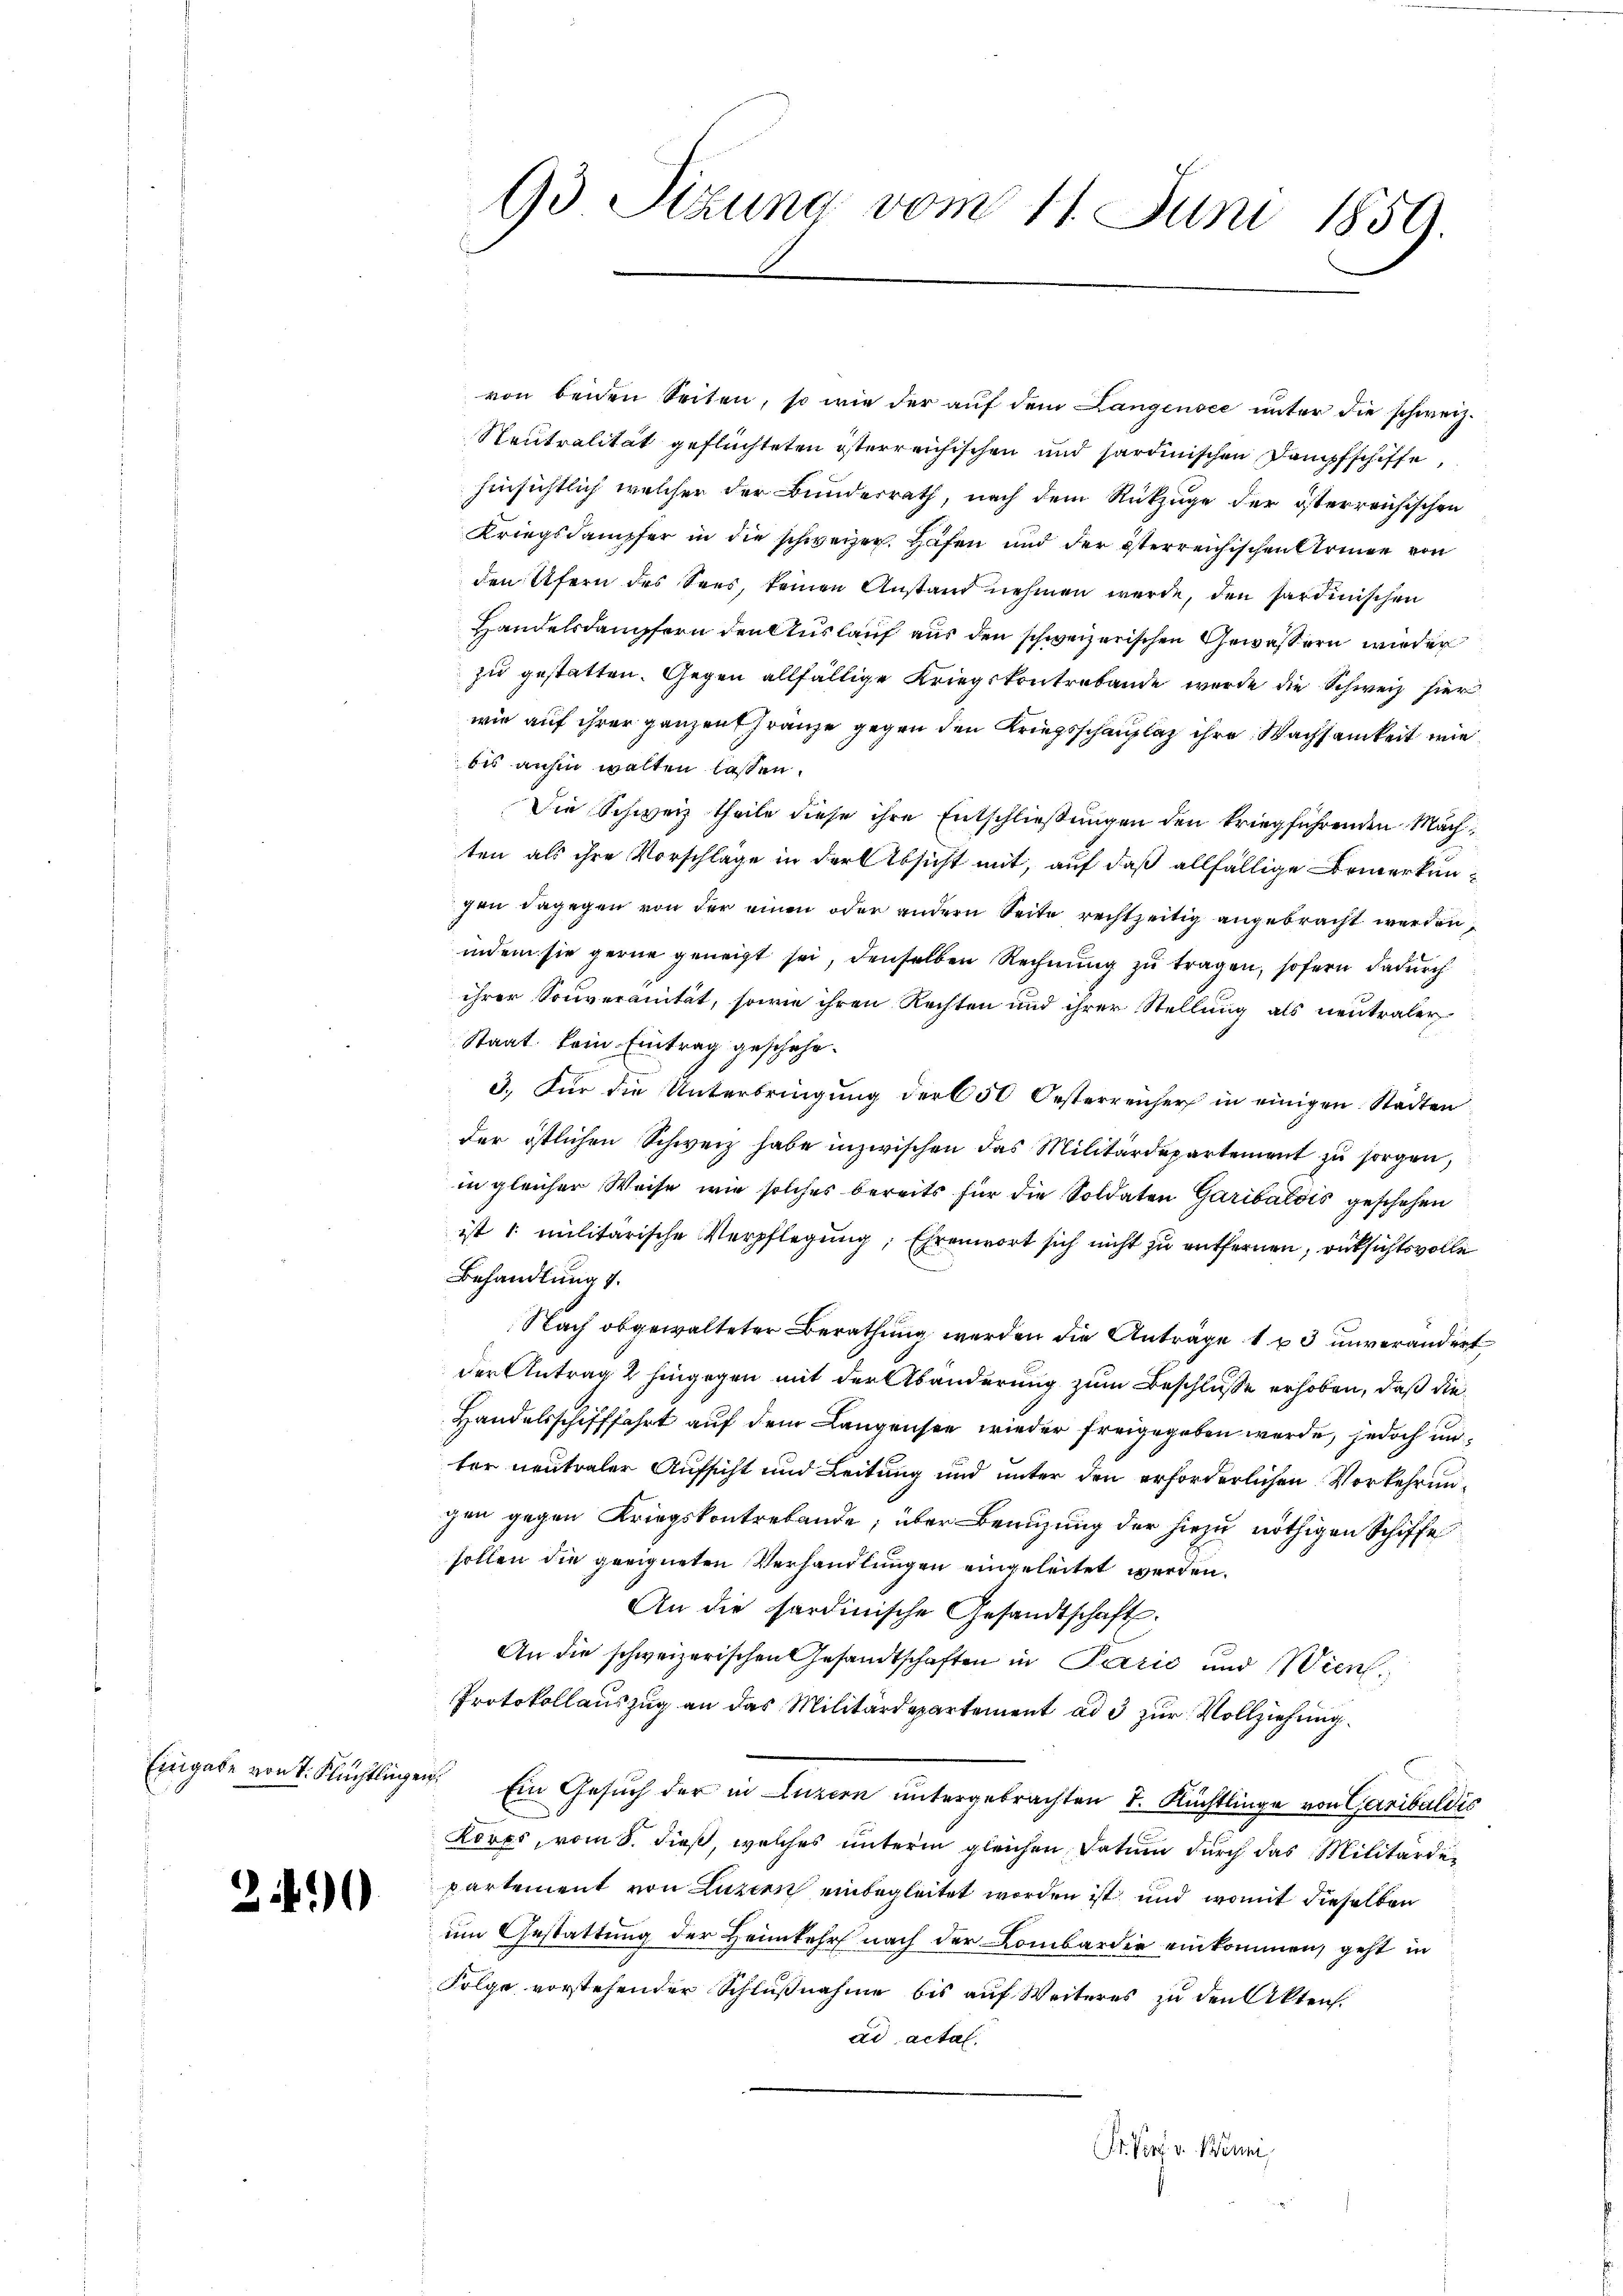
Eingabe von T. Flüchtlinge.

2

0

93 Sitzung vom 11. Juni 1859.

von beiden Seiten, so wie der auf dem Langensee unter die schweiz.
Neutralität geflüchteten österreichischen und sardinischen Dampfschiffe
hinsichtlich welcher der Bunderrath, nach dem Rückzuge der österreichischen
Kriegsdampfer in die schweizer. Hafen und der österreichischen Armee von
den Ufern des Sees, keinen Anstand nehmen werde, den Sardinischen
Handelskampfern den Auslauf aus den schweizerischen Gewässern wieder
zu gestatten. Gegen allfällige Kriegskontrabande wurde die Schweiz hier
wir auf ihrer ganzen franze gegen den Kriegsschauplaz ihre Nachsamkeit wie
bis anhin walten lassen.
Die Schweiz theile diese ihre Entschließungen den kriegführenden Mach
ten als ihre Vorschläge in der Absicht mit, auf daß allfällige Bemerkungen dagegen von der einen oder andern Seite rechtzeitig angebracht werden,
indem sie gerne geneigt sei, denselben Rechnung zu tragen, sofern dadurch
ihrer Souveranität, sowie ihren Rechten und ihrer Stellung als neutraler
Staat kein Eintrag geschehe¬
3.) Für die Unterbringung der 650 Oesterreicher in einigen Städten
der östlichen Schweiz habe inzwischen das Militärdepartement zu sorgen,
in gleicher Weise, wie solches bereits für die Soldaten Garibalois geschehen
ist 1. militarische Verpflegung, Ehrenwort sich nicht zu entfernen, rücksichtsvolle
Behandlung 1.
Nach obgewalteter Berathung werden die Anträge 13 unverändert
der Antrag 2 hingegen mit der Abänderung zum Beschlusse erhoben, daß die
Handelsschifffahrt auf dem Langensee wieder freigegeben werde, jedoch unter neutraler Aufsicht und Leitung und unter den erforderlichen Vorkehrungen gegen Kriegskontrebande; über Benuzung der hiezu nöthigen Schiffe
sollen die geeigneten Verhandlungen eingeleitet werden.
An die sardinische Gesandtschaft.
An die schweizerischen Gesandtschaften in Parić und Wien,
Protokollauszug an das Militärdepartement ad 3 zur Vollziehung.
Ein Gesuch der in Luzern untergebrachten 7. Flüchtlinge von Garibaldis
Kores, vom 8. dieß, welches unterm gleichen Datum durch das Militärdepartement von Luzern einbegleitet worden ist und womit dieselben
um Gestattung der Heimkehr nach der Lombardie einkommen, geht in
Folge vorstehender Schlußnahme bis auf Weiteres zu den Akten.
ad actal.
Pr. Vort. v. Benni,